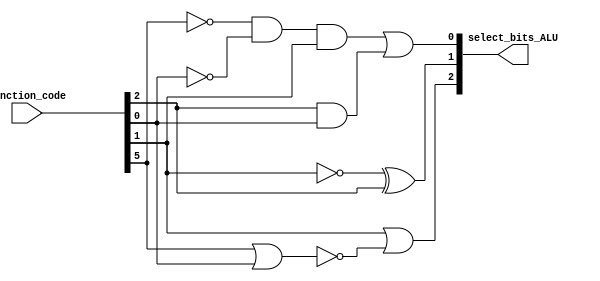
module control_unit(select_bits_ALU, function_code);

input [5:0] function_code;
output [2:0] select_bits_ALU;

wire op0,op1,op2,op3,op4,op5,op6;//for gate's operations

//this block is necessary for select's bits
//it is for S2
or tempor0(op0,function_code[5],function_code[0]);//f5+f0
not tempnot0(op1,op0);//'(f5+f0)
or forSelect2(select_bits_ALU[2],function_code[1],op1);//s2= f1 + '(f5+f0)

//it is for s1
not tempnot1(op2,function_code[1]);//'(f1)
xor forSelect1(select_bits_ALU[1],op2,function_code[2]);//s1='(f1) xor f2

//it is for s0
and tempand0(op3,function_code[2],function_code[0]);//f2.f0
not tempnot2(op4,function_code[5]);//'(f5)
not tempnot3(op5,function_code[0]);//'(f0)
and tempand1(op6,op4,op5,function_code[1]);//('f5.'f0.f1)
or forSelect0(select_bits_ALU[0],op6,op3);//f2.f0 + ('f5.'f0.f1)
//Select's bits over


endmodule